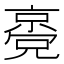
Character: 𠆃